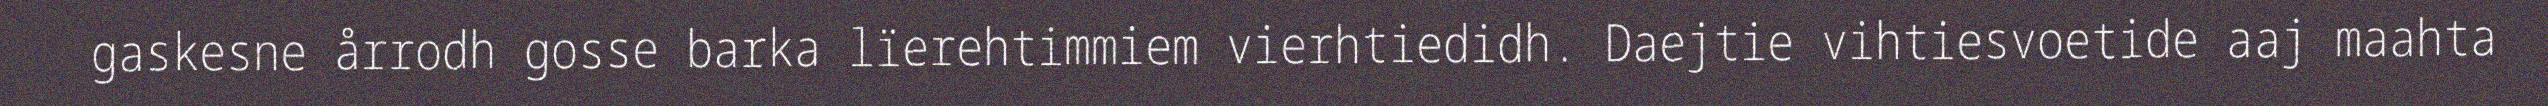
gaskesne årrodh gosse barka lïerehtimmiem vierhtiedidh. Daejtie vihtiesvoetide aaj maahta